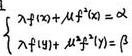
\[
\begin{cases}
f(x) + xf^{-1}(x) = \alpha \\
f(y) + yf^{-1}(y) = \beta
\end{cases}
\]